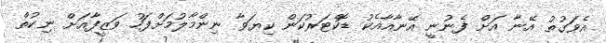
އެވަގުތު އޭނާ އަށް ފެނުނީ އޭނާއާއެކު ޑޮކްޓަރުކަން ކިޔަވާ ނިންމާލުމަށްފަހު ވަޒީފާއަށް ނިކުތް